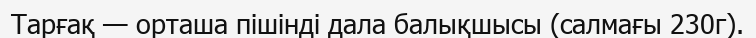
Тарғақ — орташа пішінді дала балықшысы (салмағы 230г).